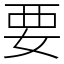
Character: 要